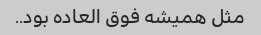
مثل همیشه فوق العاده بود..